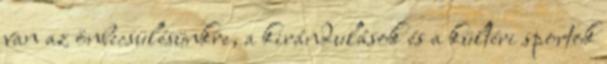
van az önbecsülésünkre, a kirándulások és a kültéri sportok